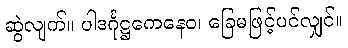
ဆွဲလျက်။ ပါဒင်္ဂုဋ္ဌကေနေဝ၊ ခြေမဖြင့်ပင်လျှင်။